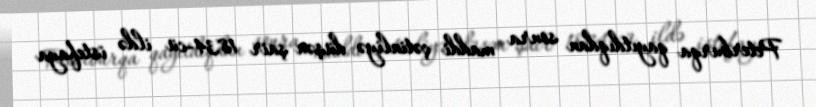
Peterburqa qayıtdıqdan sonra maddi çətinliyə düşən şair 1834-cü ildə istefaya